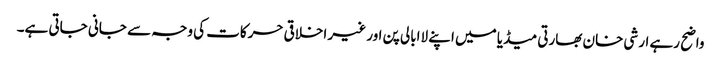
واضح رہے ارشی خان بھارتی میڈیا میں اپنے لاابالی پن اور غیر اخلاقی حرکات کی وجہ سے جانی جاتی ہے۔